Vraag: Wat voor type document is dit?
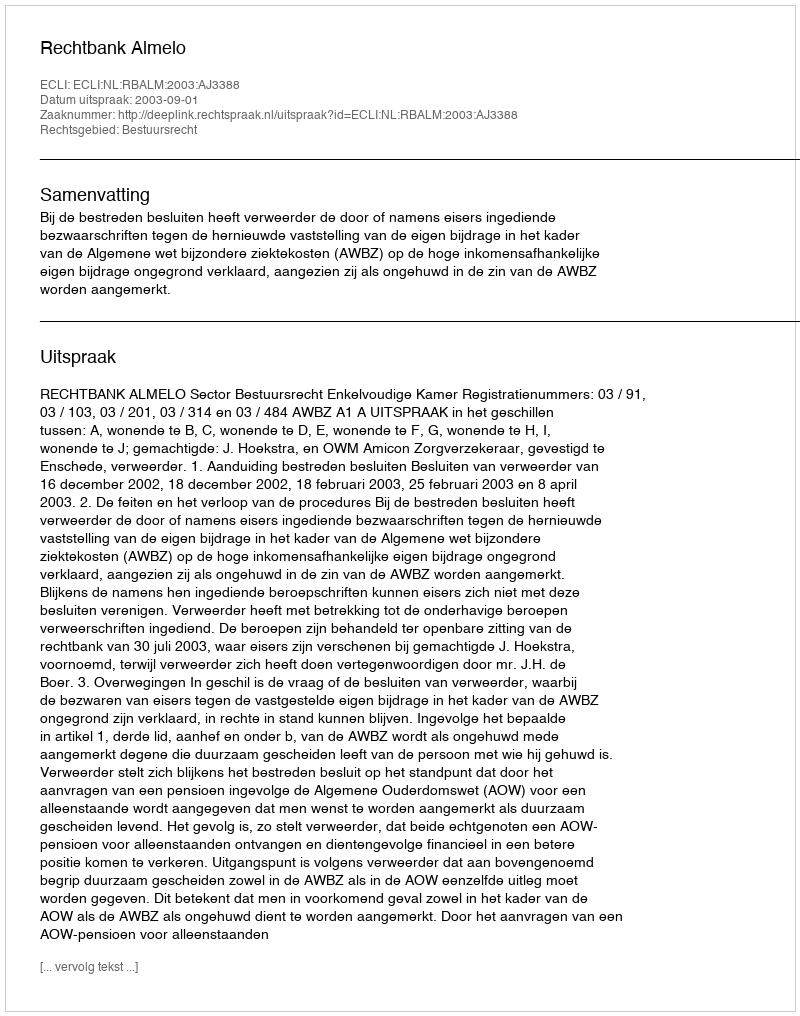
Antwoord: Uitspraak